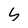
Character: 4